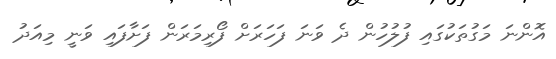
އޮންނަ މަގުތަކުގައި ފުލުހުން ދެ ވަނަ ފަހަރަށް ފޯރިމަރަން ފަށާފައި ވަނީ މިއަދު